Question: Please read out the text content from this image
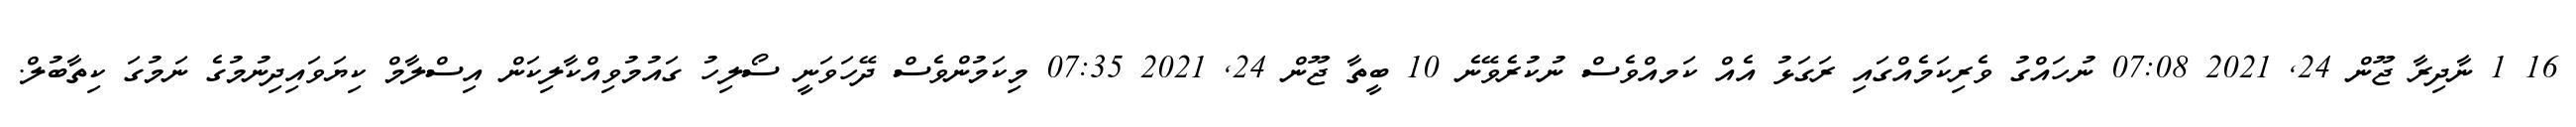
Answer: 16 1 ނާދިރާ ޖޫން 24, 2021 07:08 ނުހައްގު ވެރިކަމެއްގައި ރަގަޅު އެއް ކަމއްވެސް ނުކުރެވޭނެ 10 ބީތާ ޖޫން 24, 2021 07:35 މިކަމުންވެސް ދޭހަވަނީ ސޯލިހު ގައުމުވިއްކާލިކަން އިސްލާމް ކިޔަވައިދިނުމުގެ ނަމުގަ ކިތާބުލް.